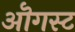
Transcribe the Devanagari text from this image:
ऒगस्ट